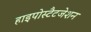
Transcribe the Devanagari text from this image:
हाइपोस्टैटजेशन